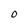
Character: 0